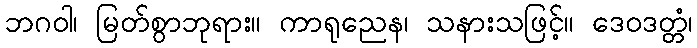
ဘဂဝါ၊ မြတ်စွာဘုရား။ ကာရုညေန၊ သနားသဖြင့်။ ဒေဝဒတ္တံ၊